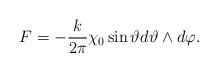
LaTeX: \begin{align*}F = - \frac{k}{2\pi}\chi_0 \sin \vartheta d\vartheta \wedge d\varphi .\end{align*}